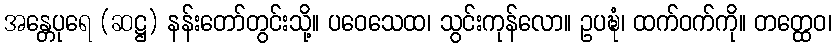
အန္တေပုရေ (ဆဋ္ဌ) နန်းတော်တွင်းသို့။ ပဝေသေထ၊ သွင်းကုန်လော။ ဥပဍ္ဎံ၊ ထက်ဝက်ကို။ တတ္ထေဝ၊